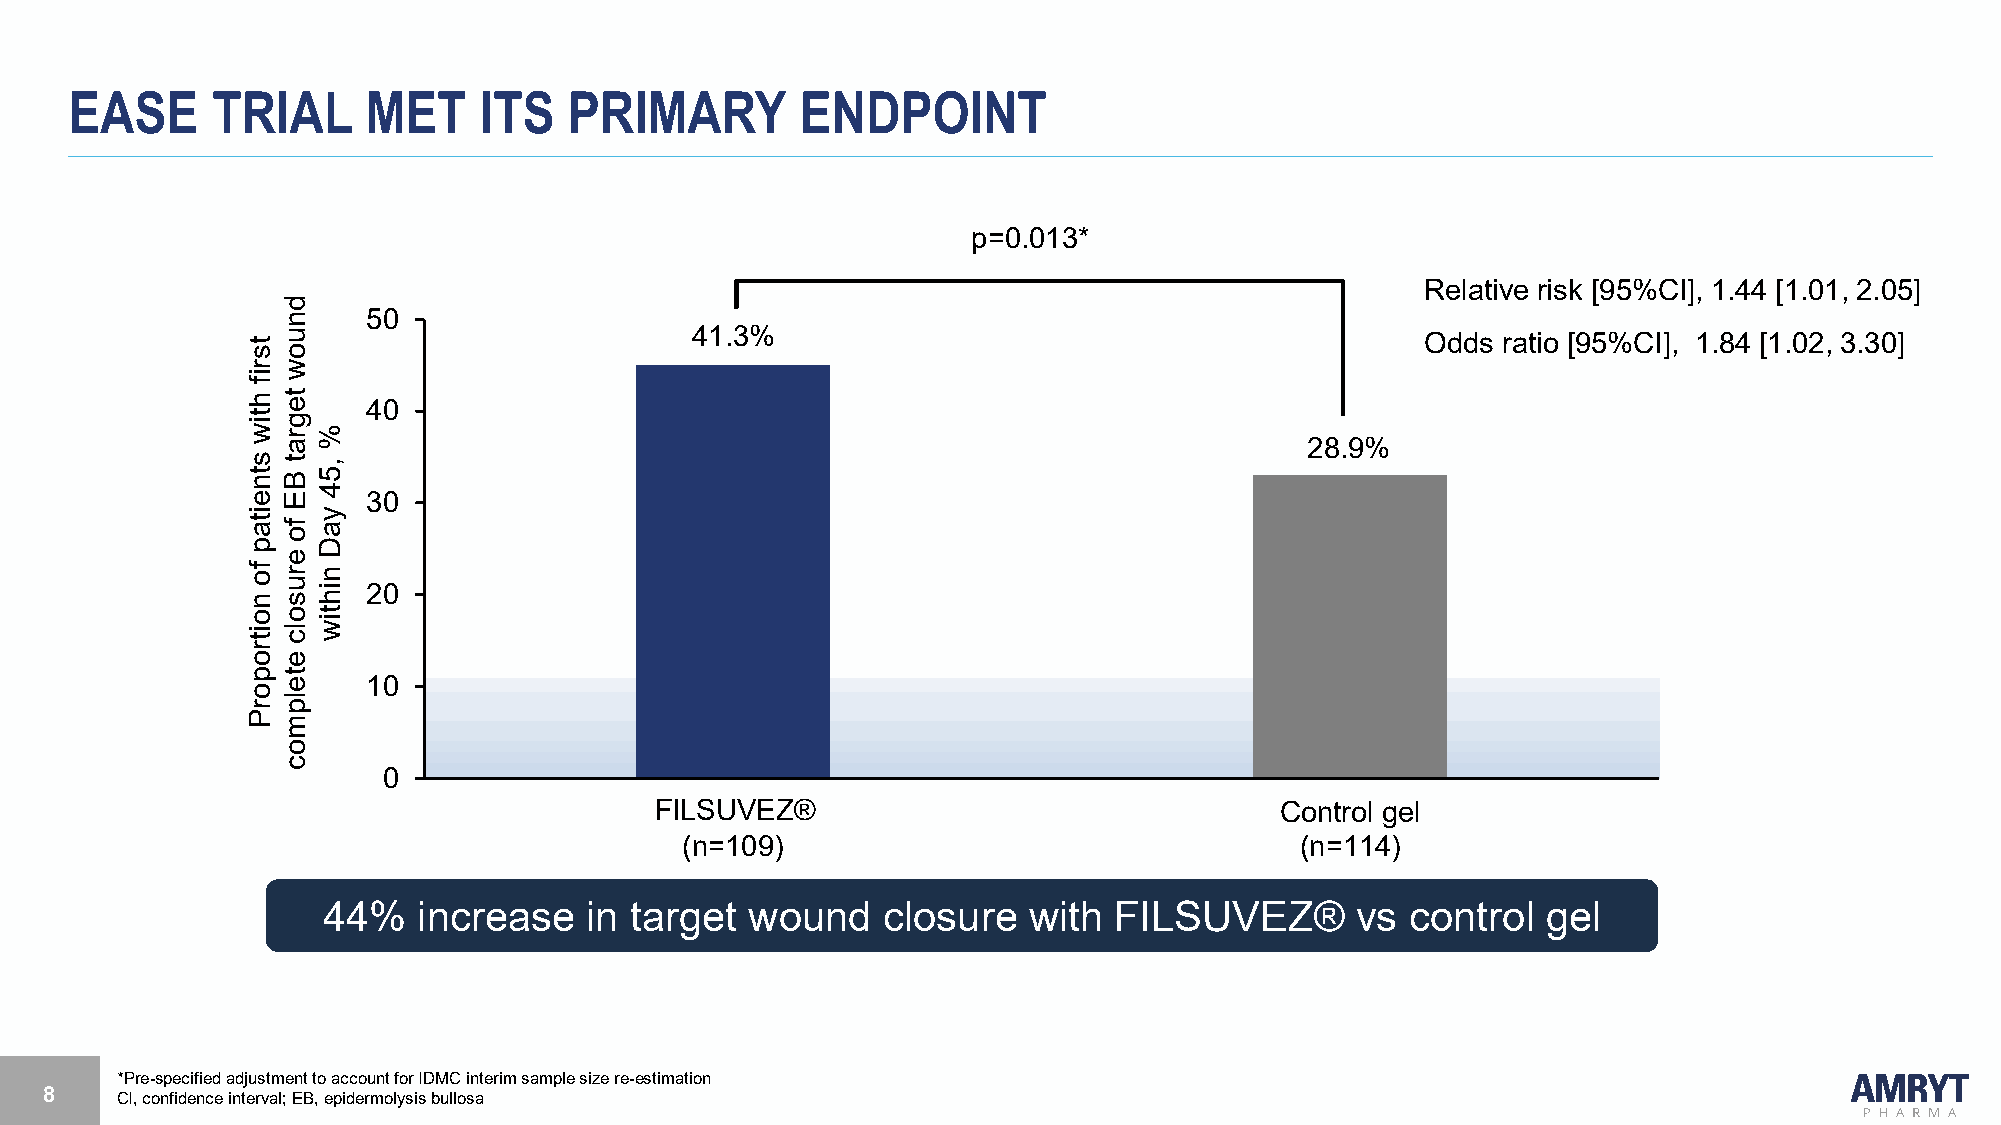
EASE     TRIAL     MET     ITS   PRIMARY        ENDPOINT
 p=0.013*
 Relative risk [95%CI], 1.44 [1.01, 2.05]
 50
 41.3%
 Odds ratio [95%CI], 1.84 [1.02, 3.30]
 40
 44%
 28.9%
 30
 20
 10
 0
 OFIlLeSogUeVl-ESZ1®0                      Control gel
 (n=109)                                  (n=114)
 44%    increase   in target  wound   closure   with  FILSUVEZ®       vs control  gel
 *Pre-specified adjustment to account for IDMC interim sample size re-estimation
 8    CI, confidence interval; EB, epidermolysis bullosa
 tsrif
 htiw
 stneitap
 fo
 noitroporP
 dnuow
 tegrat
 BE
 fo
 erusolc
 etelpmoc
 %
 ,54
 yaD
 nihtiw